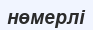
нөмерлі